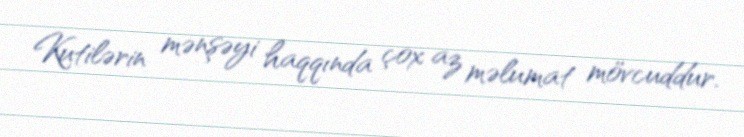
Kutilərin mənşəyi haqqında çox az məlumat mövcuddur.